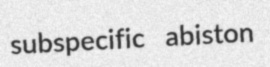
subspecific abiston